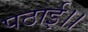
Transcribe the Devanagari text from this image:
पठाई।।